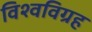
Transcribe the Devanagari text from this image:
विश्वविग्रह